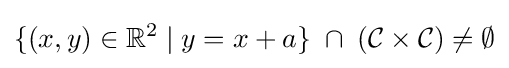
\{(x,y)\in \mathbb {R} ^{2}\mid y=x+a\}\;\cap \;({\mathcal {C}}\times {\mathcal {C}})\neq \emptyset